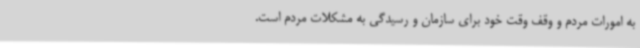
به امورات مردم و وقف وقت خود برای سازمان و رسیدگی به مشکلات مردم است.